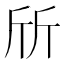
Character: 斦